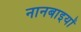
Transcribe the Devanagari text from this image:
नानबाइयों